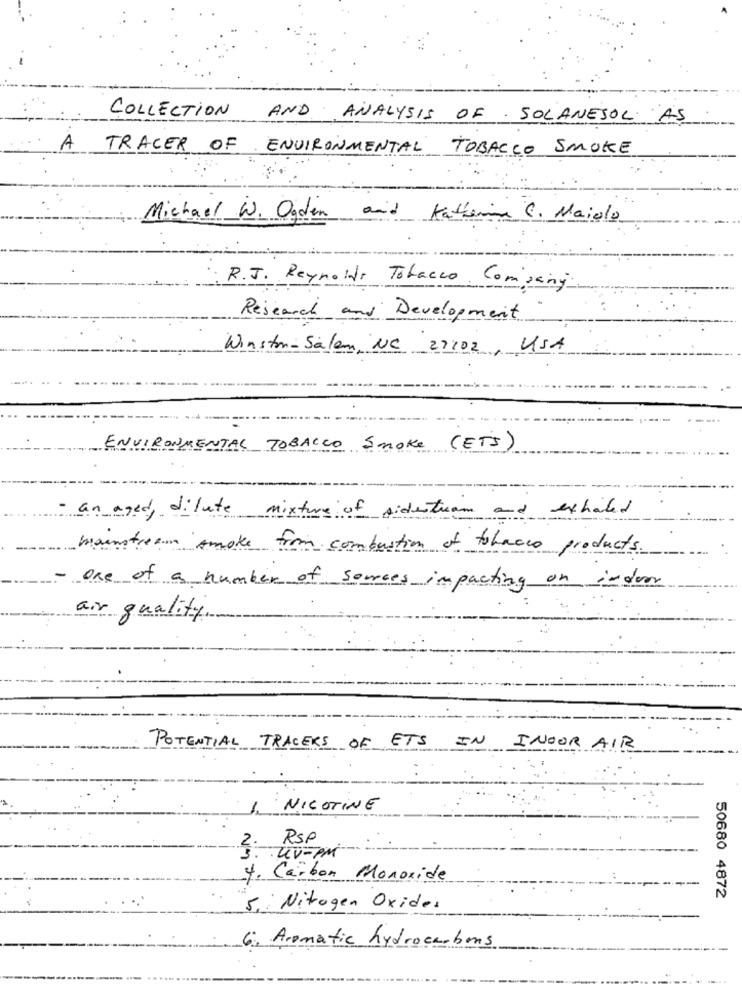
COLLECTION
AND ANALYSIS OF SOLANESOL AS
A
TRACER OF ENVIRONMENTAL
TOBACCO SMOKE
Michael W. Ogden
and Katherine C. Maiolo
R.J. Reynolds Tobacco Company
Research and Development
Winston-Salem, NC 21102, USA
ENVIRONMENTAL TOBACCO Smoke (ETS)
an aged, dilute mixture of sidestream and exhaled
mainstream smoke from combustion of tobacco products.
-One of a number of sources impacting on indoor
air quality
POTENTIAL TRACERS OF ETS
IN INOOR AIR
NICOTINE
2
RSP
UV-PM
3
. Carbon Monoxide
50680 4872
5. Nitrogen Oxides
6. Aromatic hydrocarbons